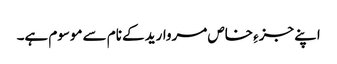
اپنے جزءِ خاص مروارید کے نام سے موسوم ہے۔